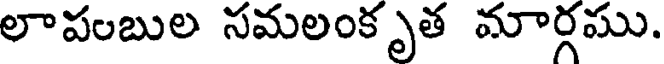
లాపంబుల సమలంకృత మార్గము.